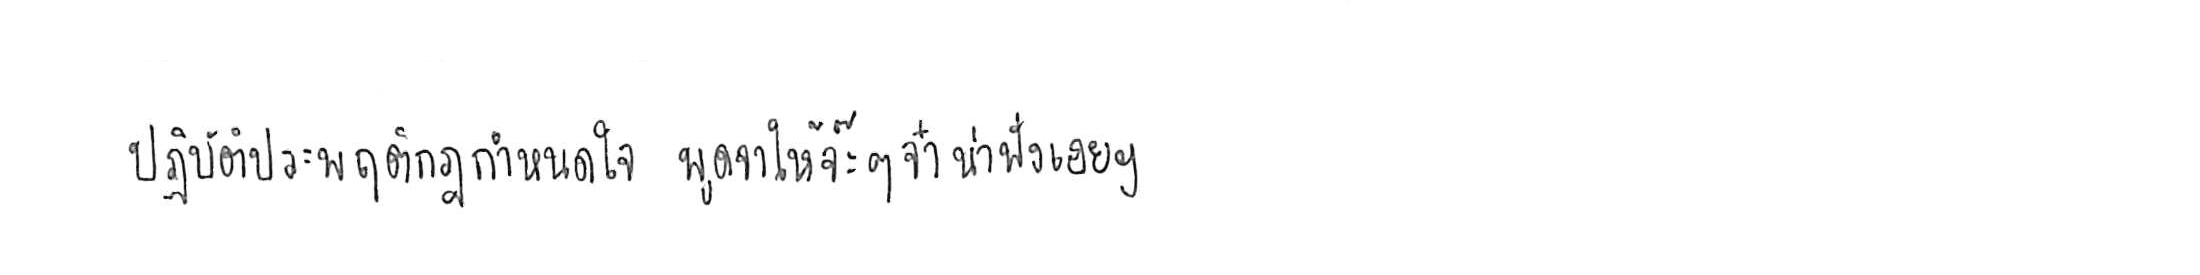
ปฏิบัติประพฤติกฎกำหนดใจ พูดจาให้จ๊ะๆ จ๋า น่าฟังเอยฯ